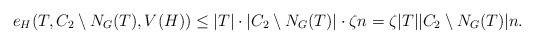
\begin{align*} e_H(T, C_2 \setminus N_G(T), V(H)) \leq |T| \cdot |C_2 \setminus N_G(T)| \cdot \zeta n = \zeta |T| |C_2 \setminus N_G(T)| n.\end{align*}